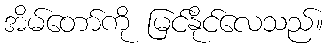
အိမ်တော်ကို မြင်နိုင်လေသည်။